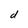
Character: d